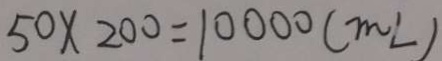
5 0 \times 2 0 0 = 1 0 0 0 0 ( m l )